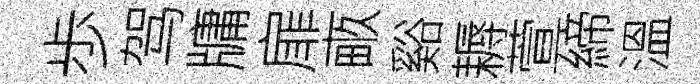
歩驾牗扉畞谿耨萱締溫